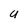
Character: U